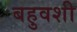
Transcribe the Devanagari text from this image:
बहुवशी